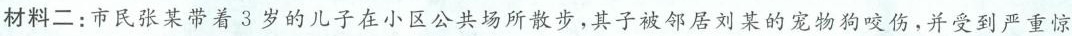
材料二：市民张某带着 3 岁的儿子在小区公共场所散步，其子被邻居刘某的宠物狗咬伤，并受到严重惊